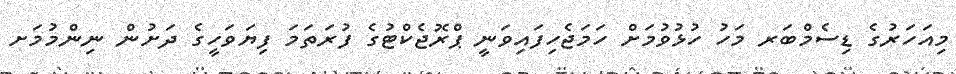
މިއަހަރުގެ ޑިސެމްބަރ މަހު ހުޅުވުމަށް ހަމަޖެހިފައިވަނީ ޕްރޮޖެކްޓުގެ ފުރަތަމަ ފިޔަވަހީގެ ދަށުން ނިންމުމަށ